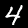
Digit: 4